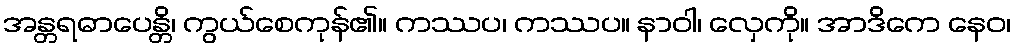
အန္တရဓာပေန္တိ၊ ကွယ်စေကုန်၏။ ကဿပ၊ ကဿပ။ နာဝါ၊ လှေကို။ အာဒိကေ နေဝ၊